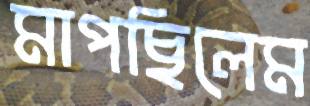
মাপছিলেম